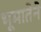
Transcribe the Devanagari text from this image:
भूमातेने